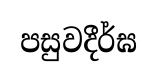
පසුවදීර්ඝ